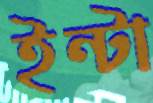
ইন্টা